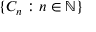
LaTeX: \{ C _ { n } : n \in \mathbb { N } \}